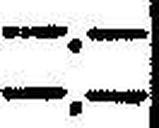
—.—